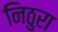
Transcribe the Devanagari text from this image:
निठुरा